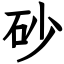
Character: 砂